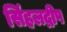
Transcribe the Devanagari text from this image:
सिंहलद्रीप